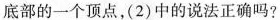
底部的一个顶点，(2)中的说法正确吗？